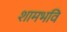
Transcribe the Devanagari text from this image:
शामभवि